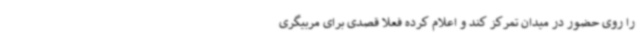
را روی حضور در میدان تمرکز کند و اعلام کرده فعلا قصدی برای مربیگری